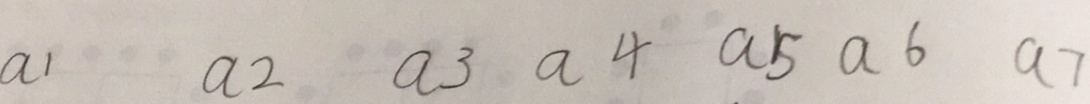
a _ { 1 } a _ { 2 } a _ { 3 } a _ { 4 } a _ { 5 } a _ { 6 } a _ { 7 }